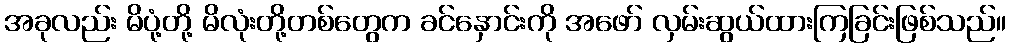
အခုလည်း မိပုံ့တို့ မိလုံးတို့တစ်တွေက ခင်နှောင်းကို အဖော် လှမ်းဆွယ်ထားကြခြင်းဖြစ်သည်။